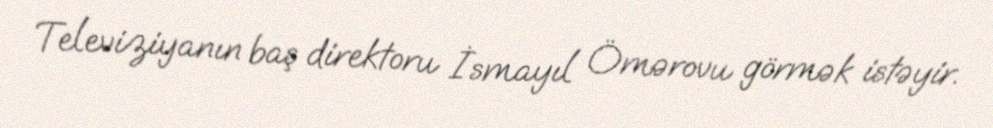
Televiziyanın baş direktoru İsmayıl Ömərovu görmək istəyir.